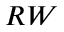
R W